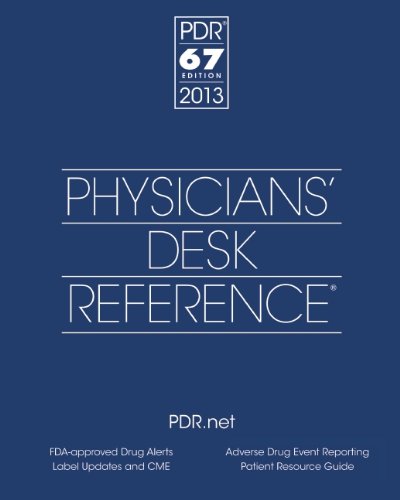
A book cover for Physicians' Desk Reference 2013; PDR Staff; Health, Fitness & Dieting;